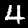
Digit: 4